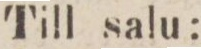
Till salu: